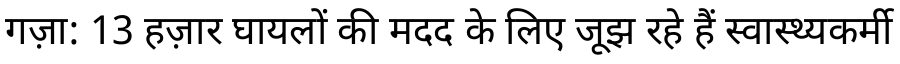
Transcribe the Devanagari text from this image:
गज़ा: 13 हज़ार घायलों की मदद के लिए जूझ रहे हैं स्वास्थ्यकर्मी